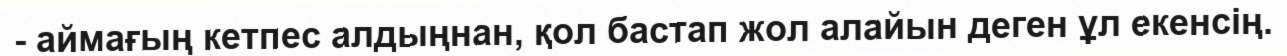
- аймағың кетпес алдыңнан, қол бастап жол алайын деген ұл екенсің.